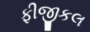
ફીજીકલ